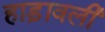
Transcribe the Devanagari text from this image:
हाड़ावली